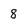
Character: 8